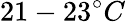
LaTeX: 21-23^{\circ}C